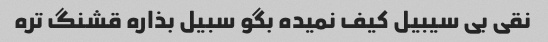
نقی بی سیبیل کیف نمیده بگو سبیل بذاره قشنگ تره